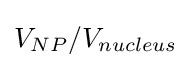
V_{NP}/V_{nucleus}